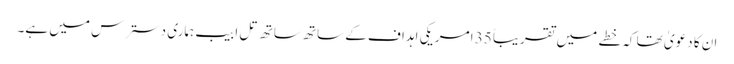
ان کا دعویٰ تھا کہ خطے میں تقریباً 35 امریکی اہداف کے ساتھ ساتھ تل ابیب ہماری دسترس میں ہے۔